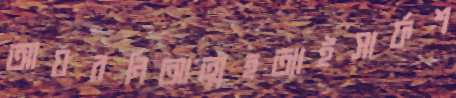
আয়রনিআত্মহত্যাইসার্ফশ